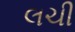
લચી